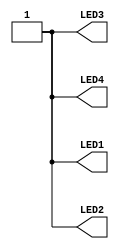
module leds(output wire LED1,
            output wire LED2,
            output wire LED3,
            output wire LED4);

assign LED1 = 1'b1;
assign LED2 = 1'b1;
assign LED3 = 1'b1;
assign LED4 = 1'b1;

endmodule